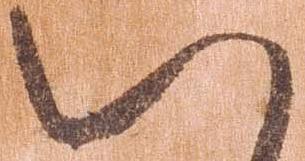
八